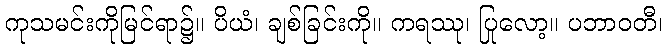
ကုသမင်းကိုမြင်ရာ၌။ ပိယံ၊ ချစ်ခြင်းကို။ ကရဿု၊ ပြုလော့။ ပဘာဝတီ၊